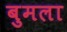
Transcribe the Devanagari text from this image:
बुमला